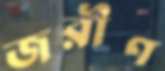
জরীণ